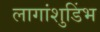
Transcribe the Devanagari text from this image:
लागांशुडिंभ